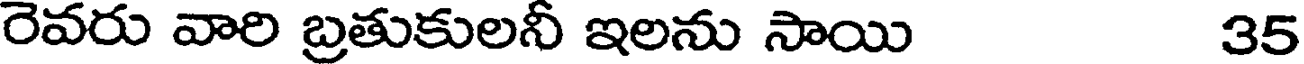
రెవరు వారి బ్రతుకులనీ ఇలను సాయి 35